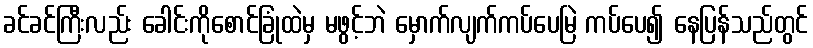
ခင်ခင်ကြီးလည်း ခေါင်းကိုစောင်ခြုံထဲမှ မဖွင့်ဘဲ မှောက်လျက်ကပ်ပေမြဲ ကပ်ပေ၍ နေပြန်သည်တွင်